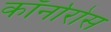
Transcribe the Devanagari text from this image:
कॉर्नारोस